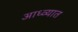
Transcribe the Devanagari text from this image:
आध्व्यात